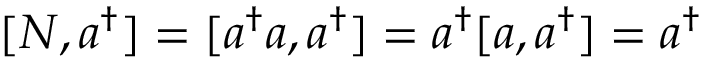
[ N , a ^ { \dagger } ] = [ a ^ { \dagger } a , a ^ { \dagger } ] = a ^ { \dagger } [ a , a ^ { \dagger } ] = a ^ { \dagger }